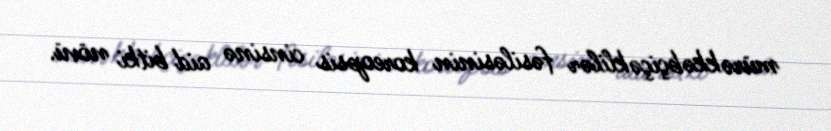
mürəkkəbçiçəklilər fəsiləsinin koreopsis cinsinə aid bitki növü.